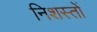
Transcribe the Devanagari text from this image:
निशस्तों